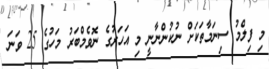
މި ފިލްމު ސިނަމާތަކަށް ނުކުންނާނީ މި އަހަރުގެ ނޮވެމްބަރު މަހުގެ 25 ވަނަ